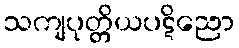
သကျပုတ္တိယပဋိညော